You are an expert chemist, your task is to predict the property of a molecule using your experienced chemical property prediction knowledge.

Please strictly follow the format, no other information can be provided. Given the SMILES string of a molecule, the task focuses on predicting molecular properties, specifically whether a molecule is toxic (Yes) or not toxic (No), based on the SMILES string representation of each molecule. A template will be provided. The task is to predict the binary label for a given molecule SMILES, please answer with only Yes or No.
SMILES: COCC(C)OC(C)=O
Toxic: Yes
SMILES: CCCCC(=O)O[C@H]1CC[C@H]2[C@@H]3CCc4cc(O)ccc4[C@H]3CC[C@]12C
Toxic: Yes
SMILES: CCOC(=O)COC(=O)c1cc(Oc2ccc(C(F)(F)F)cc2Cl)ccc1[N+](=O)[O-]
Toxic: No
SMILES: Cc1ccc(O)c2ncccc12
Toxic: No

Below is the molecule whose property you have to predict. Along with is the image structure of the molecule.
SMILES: CCCCCCC(=O)CCCCCC/C=C/C[C@@H](O)[C@H](O)[C@@](N)(CO)C(=O)O
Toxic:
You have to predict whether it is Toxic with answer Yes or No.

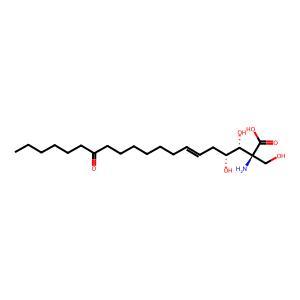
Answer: No